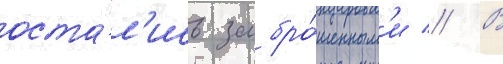
оста́л'ись забро́шенным'и // В